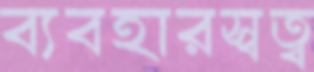
ব্যবহারস্বত্ব